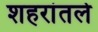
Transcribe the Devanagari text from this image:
शहरांतले